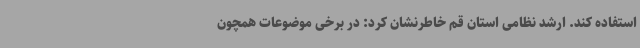
استفاده کند. ارشد نظامی استان قم خاطرنشان کرد: در برخی موضوعات همچون